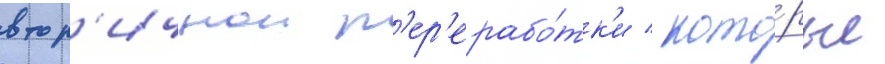
втор'ичнои п'ер'ерабо́тк'и / кото́рые